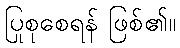
ပြုစုစေရန် ဖြစ်၏။